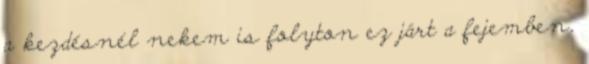
a kezdésnél nekem is folyton ez járt a fejemben,